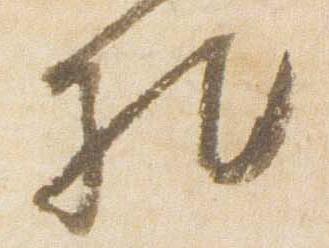
礼